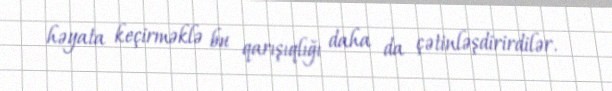
həyata keçirməklə bu qarışıqlığı daha da çətinləşdirirdilər.